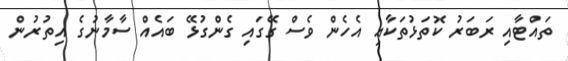
ތައްޓާއި ރަބަރު ކޮތަޅުތަކާއި އެހެން ވެސް ގޭގައި ގެންގުޅޭ ބައެއް ސާމާނުގެ އިތުރުން